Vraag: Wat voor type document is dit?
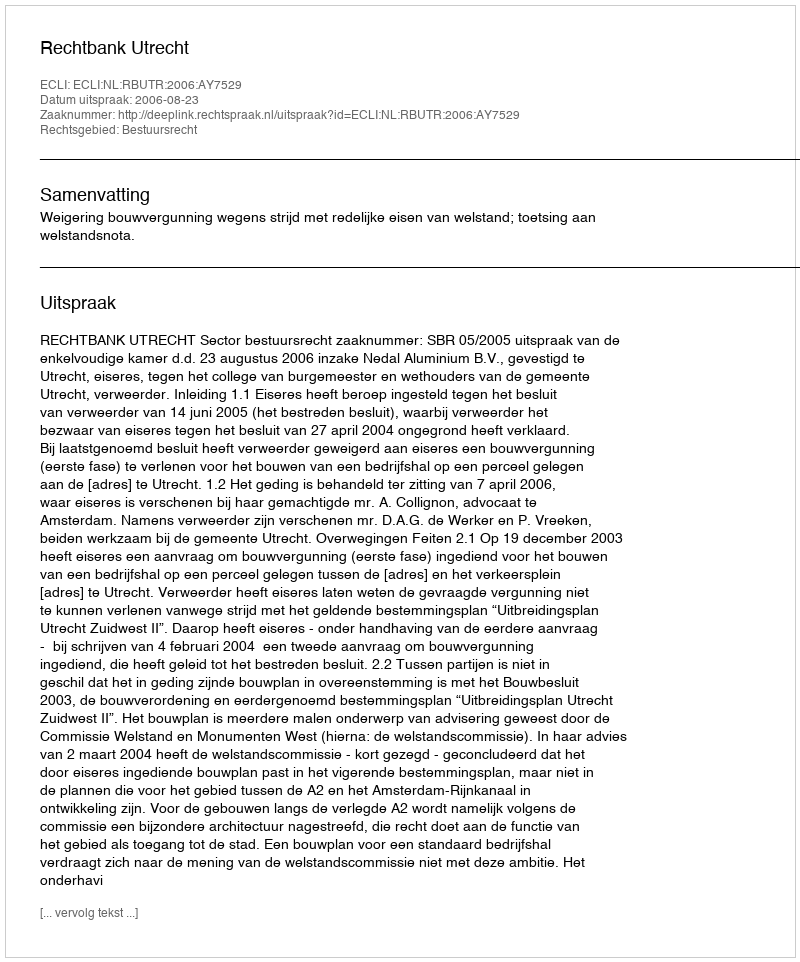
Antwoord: Uitspraak